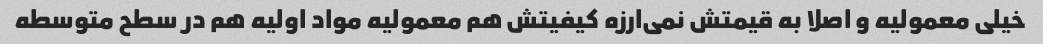
خیلی معمولیه و اصلا به قیمتش نمی‌ارزه کیفیتش هم معمولیه مواد اولیه هم در سطح متوسطه